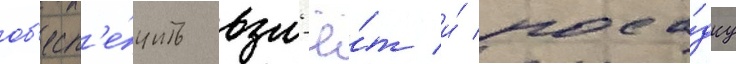
об'есп'е́чить взл'ё́т и́ поса́дку